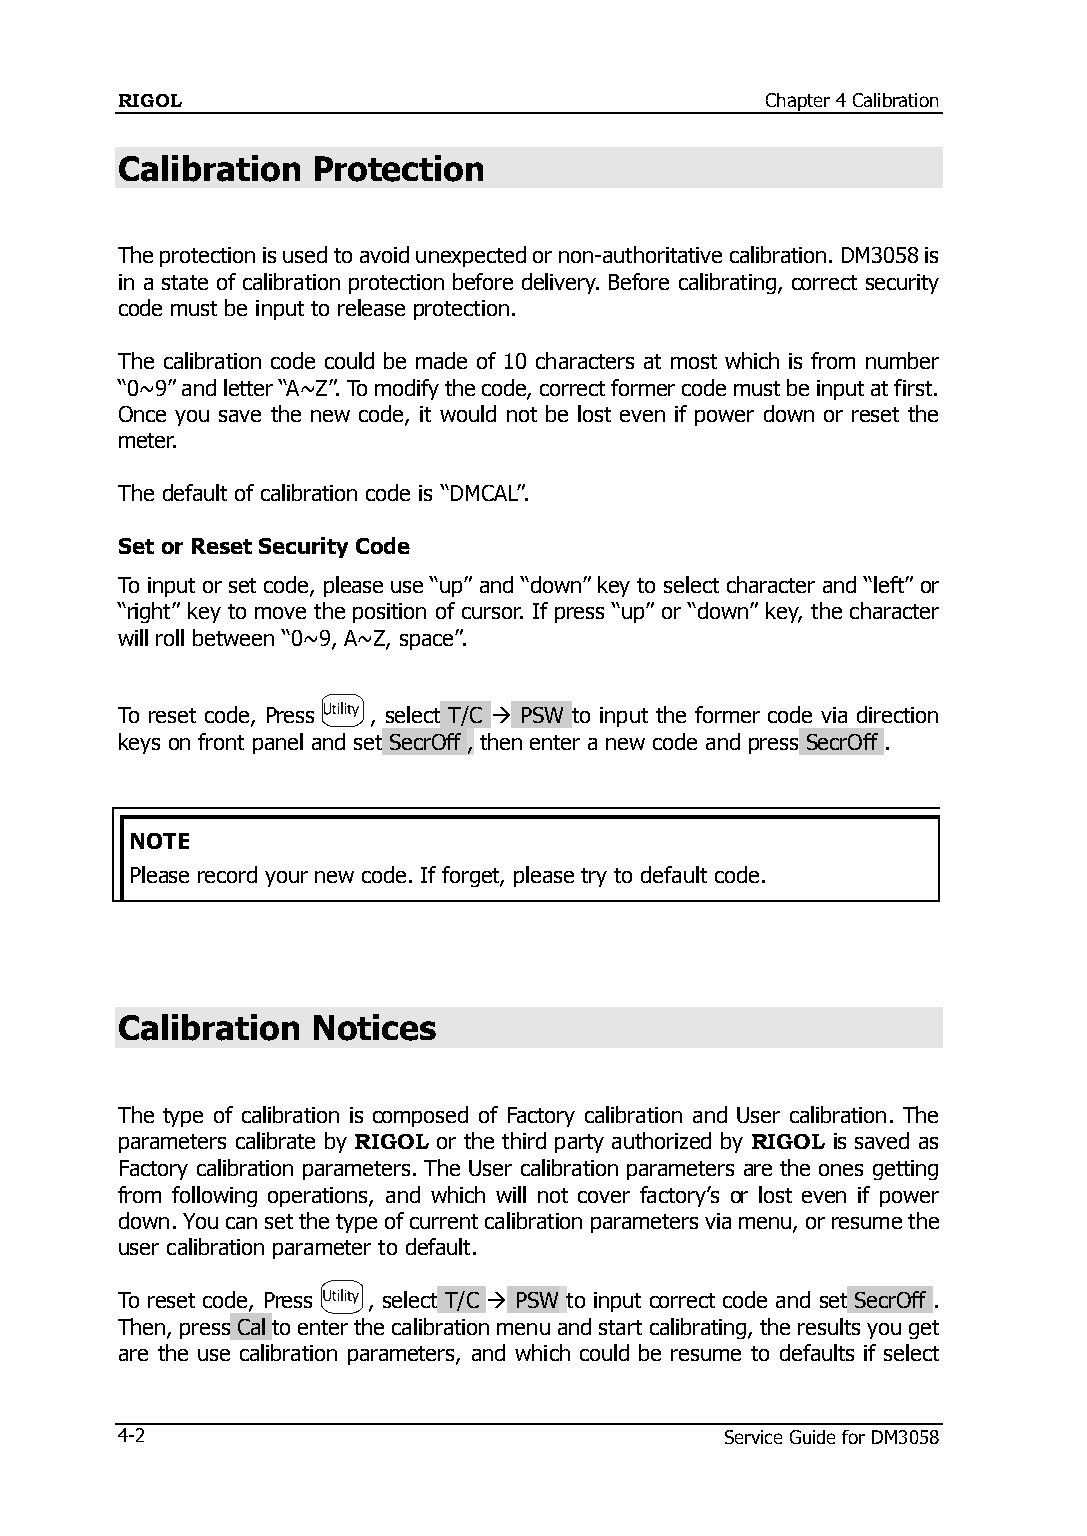
RIGOL                                      Chapter 4 Calibration
 Calibration  Protection
 The protection is used to avoid unexpected or non-authoritative calibration. DM3058 is
 in a state of calibration protection before delivery. Before calibrating, correct security
 code must be input to release protection.
 The calibration code could be made of 10 characters at most which is from number
 “0~9” and letter “A~Z”. To modify the code, correct former code must be input at first.
 Once you save the new code, it would not be lost even if power down or reset the
 meter.
 The default of calibration code is “DMCAL”.
 Set or Reset Security Code
 To input or set code, please use “up” and “down” key to select character and “left” or
 “right” key to move the position of cursor. If press “up” or “down” key, the character
 will roll between “0~9, A~Z, space”.
 To reset code, Press , select T/C  PSW to input the former code via direction
 keys on front panel and set SecrOff , then enter a new code and press SecrOff .
 NOTE
 Please record your new code. If forget, please try to default code.
 Calibration  Notices
 The type of calibration is composed of Factory calibration and User calibration. The
 parameters calibrate by RIGOL or the third party authorized by RIGOL is saved as
 Factory calibration parameters. The User calibration parameters are the ones getting
 from following operations, and which will not cover factory‟s or lost even if power
 down. You can set the type of current calibration parameters via menu, or resume the
 user calibration parameter to default.
 To reset code, Press , select T/C  PSW to input correct code and set SecrOff .
 Then, press Cal to enter the calibration menu and start calibrating, the results you get
 are the use calibration parameters, and which could be resume to defaults if select
 4-2                                     Service Guide for DM3058